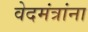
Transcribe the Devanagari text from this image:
वेदमंत्रांना